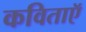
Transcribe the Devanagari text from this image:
कविताऍ